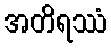
အတိရဿံ